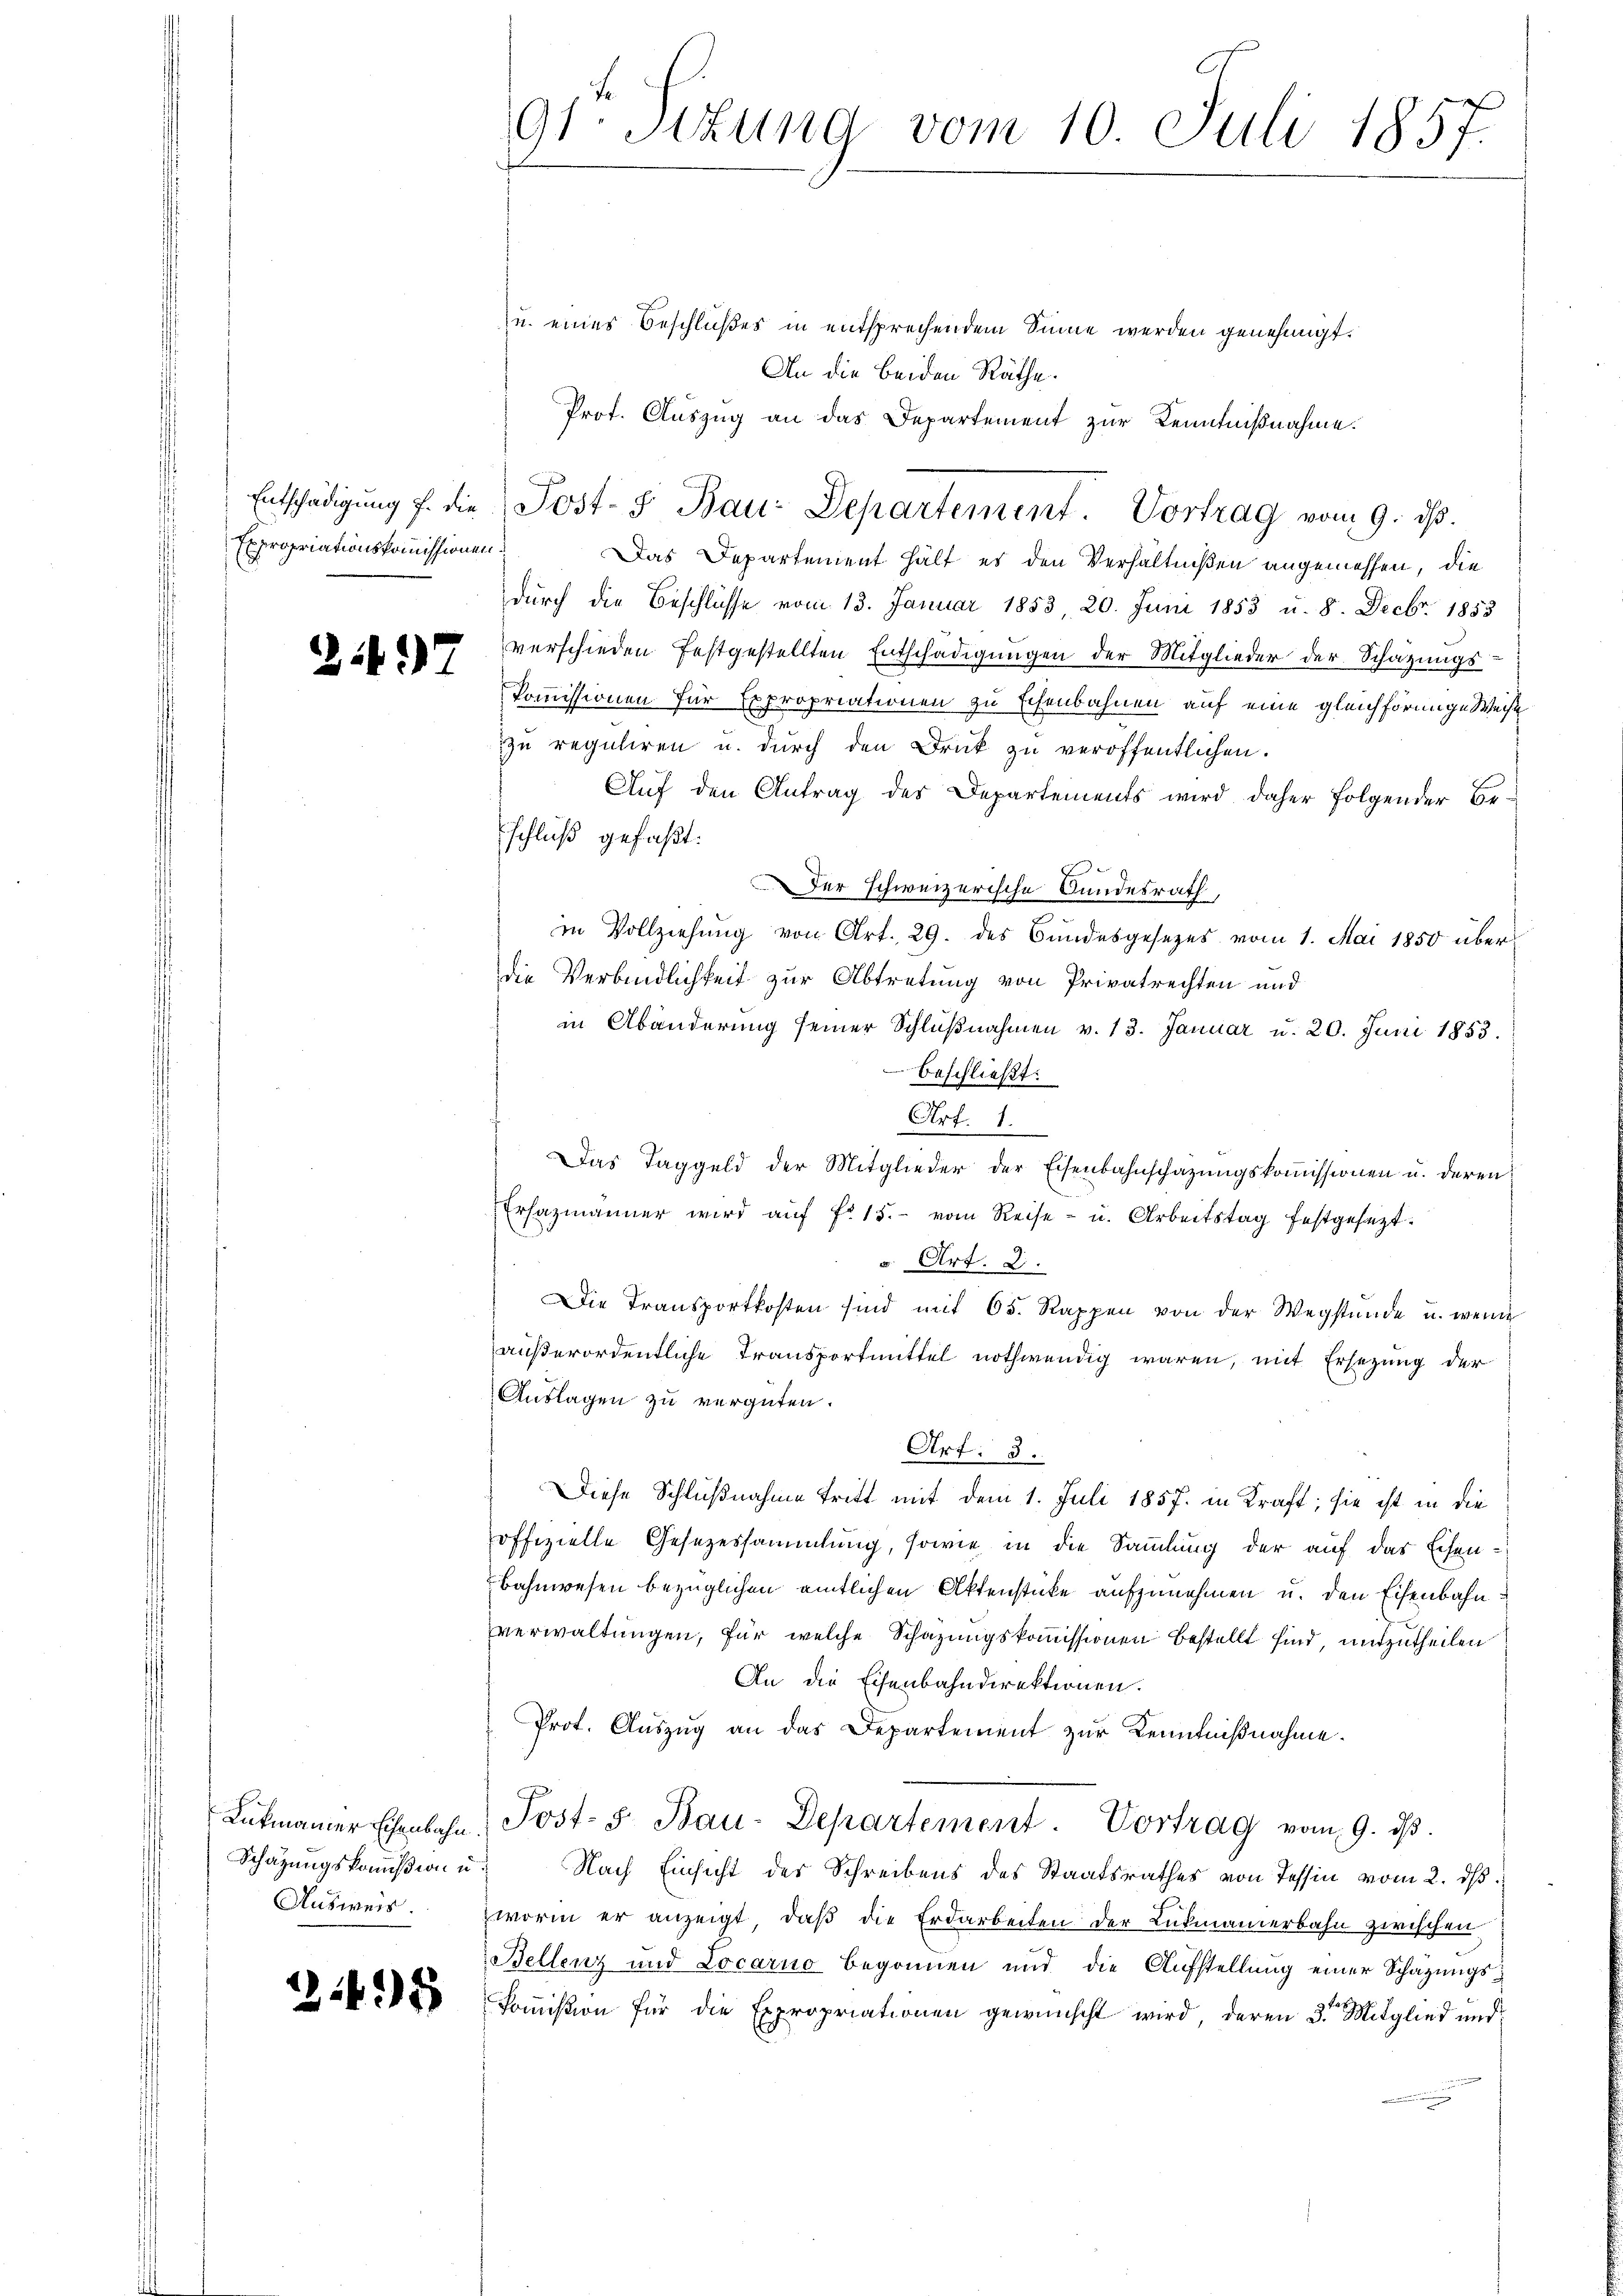
Expropriationskommissionen.

2197

Lukmanner Eisenbahn.
Ausweis.

2495

91 Stzung vom 10. Juli 1857.

u. eines Beschlußes in entsprechendem Sinne werden genehmigt.
An die beiden Räthe.
Prof. Auszug an das Departement zur Kenntnißnahme.
Das Departement hält es den Verhältnißen angemessen, die
durch die Beschlüsse vom 13. Januar 1853, 20. Juni 1853 u. 8. Decbr. 1853
verschieden festgestellten Entschädigungen der Mitglieder der Schatzungs¬
Kommissionen für Expropriationen zu schenbahnen auf eine gleichförmige Weise
zu reguliren u. durch den Druck zu veröffentlichen.
Auf den Antrag des Departements wird daher folgender Beschluß gefaßt:
Der schweizerische Bundesrath,
in Vollziehung von Art. 29. des Bundesgesezes vom 1. Mai 1850 überdie Verbindlichkeit zur Abtretung von Privatrechten und
in Abänderung seiner Schlußnahmen v. 13. Januar u. 20. Juni 1853.
beschließt:
Art. 1.
Das Taggeld der Mitglieder der Eisenbahnschatzŭngskoṁissionen u. deren
Ersazmänner wird aŭf fr. 15. vom Reise- u. Arbeitstag festgesezt.
v. Art. 2.
Die Transportkosten sind mit 65. Rappen von der Wegstunde u. wenn
außerordentliche Transportmittel nothwendig waren, mit Ersezung der
Auslagen zu vergüten.
Art: 3.
Diese Schlußnahme tritt mit dem 1. Juli 1857. in Kraft; sie ist in die
offizielle Gesezessammlung, sowie in die Sammlung der auf das Eisen¬
Bahnwesen bezüglichen amtlichen Aktenstücke aufzunehmen u. den Eisenbahnverwaltungen, für welche Schazungskommissionen bestellt sind, mitzutheilen
An die Eisenbahndirektionen.
Prot. Auszug an das Departement zur Kenntnißnahme.
Jost- 5. Bau-Departement. Vortrag vom 9. dβ.
Schätzungskommißion u. Nach Einsicht der Schreibens des Staatsrathes von Tessin vom 2. dβ
worin er anzeigt, daβ die Erdarbeiten der Lukmanierbahn zwischen
Bellenz und Locarno begonnen und die Aufstellung einer Schazungskoṁission für die Expropriationen gewünscht wird, deren 3ten Mitglied und

Entschädigŭng f. die Post- & Bau-Departement. Vortrag vom 9. ds.